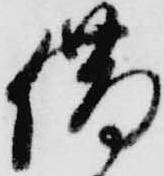
借